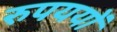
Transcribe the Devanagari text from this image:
रुपययों